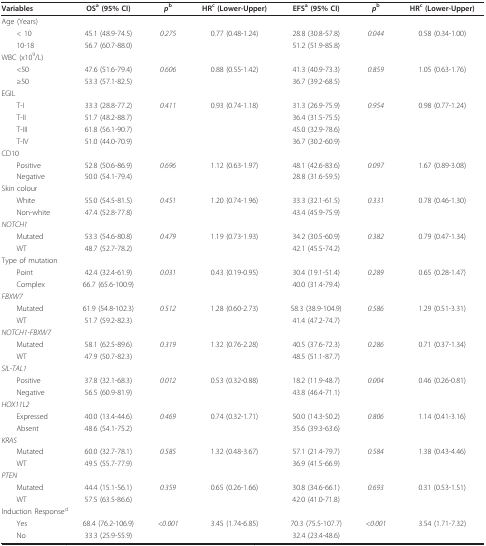
<table><thead><tr><td><b>Variables</b></td><td><b>OS<sup>a </sup>(95% CI)</b></td><td><b><i>p</i><sup>b</sup></b></td><td><b>HR<sup>c </sup>(Lower-Upper)</b></td><td><b>EFS<sup>a </sup>(95% CI)</b></td><td><b><i>p</i><sup>b</sup></b></td><td><b>HR<sup>c </sup>(Lower-Upper)</b></td></tr></thead><tbody><tr><td colspan="7">Age (Years)</td></tr><tr><td> &lt; 10</td><td>45.1 (48.9-74.5)</td><td><i>0.275</i></td><td>0.77 (0.48-1.24)</td><td>28.8 (30.8-57.8)</td><td><i>0.044</i></td><td>0.58 (0.34-1.00)</td></tr><tr><td> 10-18</td><td>56.7 (60.7-88.0)</td><td></td><td></td><td>51.2 (51.9-85.8)</td><td></td><td></td></tr><tr><td colspan="7">WBC (x10<sup>9</sup>/L)</td></tr><tr><td> &lt;50</td><td>47.6 (51.6-79.4)</td><td><i>0.606</i></td><td>0.88 (0.55-1.42)</td><td>41.3 (40.9-73.3)</td><td><i>0.859</i></td><td>1.05 (0.63-1.76)</td></tr><tr><td> ≥50</td><td>53.3 (57.1-82.5)</td><td></td><td></td><td>36.7 (39.2-68.5)</td><td></td><td></td></tr><tr><td colspan="7">EGIL</td></tr><tr><td> T-I</td><td>33.3 (28.8-77.2)</td><td><i>0.411</i></td><td>0.93 (0.74-1.18)</td><td>31.3 (26.9-75.9)</td><td><i>0.954</i></td><td>0.98 (0.77-1.24)</td></tr><tr><td> T-II</td><td>51.7 (48.2-88.7)</td><td></td><td></td><td>36.4 (31.5-75.5)</td><td></td><td></td></tr><tr><td> T-III</td><td>61.8 (56.1-90.7)</td><td></td><td></td><td>45.0 (32.9-78.6)</td><td></td><td></td></tr><tr><td> T-IV</td><td>51.0 (44.0-70.9)</td><td></td><td></td><td>36.7 (30.2-60.9)</td><td></td><td></td></tr><tr><td colspan="7">CD10</td></tr><tr><td> Positive</td><td>52.8 (50.6-86.9)</td><td><i>0.696</i></td><td>1.12 (0.63-1.97)</td><td>48.1 (42.6-83.6)</td><td><i>0.097</i></td><td>1.67 (0.89-3.08)</td></tr><tr><td> Negative</td><td>50.0 (54.1-79.4)</td><td></td><td></td><td>28.8 (31.6-59.5)</td><td></td><td></td></tr><tr><td colspan="7">Skin colour</td></tr><tr><td> White</td><td>55.0 (54.5-81.5)</td><td><i>0.451</i></td><td>1.20 (0.74-1.96)</td><td>33.3 (32.1-61.5)</td><td><i>0.331</i></td><td>0.78 (0.46-1.30)</td></tr><tr><td> Non-white</td><td>47.4 (52.8-77.8)</td><td></td><td></td><td>43.4 (45.9-75.9)</td><td></td><td></td></tr><tr><td colspan="7"><i>NOTCH1</i></td></tr><tr><td> Mutated</td><td>53.3 (54.6-80.8)</td><td><i>0.479</i></td><td>1.19 (0.73-1.93)</td><td>34.2 (30.5-60.9)</td><td><i>0.382</i></td><td>0.79 (0.47-1.34)</td></tr><tr><td> WT</td><td>48.7 (52.7-78.2)</td><td></td><td></td><td>42.1 (45.5-74.2)</td><td></td><td></td></tr><tr><td colspan="7">Type of mutation</td></tr><tr><td> Point</td><td>42.4 (32.4-61.9)</td><td><i>0.031</i></td><td>0.43 (0.19-0.95)</td><td>30.4 (19.1-51.4)</td><td><i>0.289</i></td><td>0.65 (0.28-1.47)</td></tr><tr><td> Complex</td><td>66.7 (65.6-100.9)</td><td></td><td></td><td>40.0 (31.4-79.4)</td><td></td><td></td></tr><tr><td colspan="7"><i>FBXW7</i></td></tr><tr><td> Mutated</td><td>61.9 (54.8-102.3)</td><td><i>0.512</i></td><td>1.28 (0.60-2.73)</td><td>58.3 (38.9-104.9)</td><td><i>0.586</i></td><td>1.29 (0.51-3.31)</td></tr><tr><td> WT</td><td>51.7 (59.2-82.3)</td><td></td><td></td><td>41.4 (47.2-74.7)</td><td></td><td></td></tr><tr><td colspan="7"><i>NOTCH1</i>-<i>FBXW7</i></td></tr><tr><td> Mutated</td><td>58.1 (62.5-89.6)</td><td><i>0.319</i></td><td>1.32 (0.76-2.28)</td><td>40.5 (37.6-72.3)</td><td><i>0.286</i></td><td>0.71 (0.37-1.34)</td></tr><tr><td> WT</td><td>47.9 (50.7-82.3)</td><td></td><td></td><td>48.5 (51.1-87.7)</td><td></td><td></td></tr><tr><td colspan="7"><i>SIL-TAL1</i></td></tr><tr><td> Positive</td><td>37.8 (32.1-68.3)</td><td><i>0.012</i></td><td>0.53 (0.32-0.88)</td><td>18.2 (11.9-48.7)</td><td><i>0.004</i></td><td>0.46 (0.26-0.81)</td></tr><tr><td> Negative</td><td>56.5 (60.9-81.9)</td><td></td><td></td><td>43.8 (46.4-71.1)</td><td></td><td></td></tr><tr><td colspan="7"><i>HOX11L2</i></td></tr><tr><td> Expressed</td><td>40.0 (13.4-44.6)</td><td><i>0.469</i></td><td>0.74 (0.32-1.71)</td><td>50.0 (14.3-50.2)</td><td><i>0.806</i></td><td>1.14 (0.41-3.16)</td></tr><tr><td> Absent</td><td>48.6 (54.1-75.2)</td><td></td><td></td><td>35.6 (39.3-63.6)</td><td></td><td></td></tr><tr><td colspan="7"><i>KRAS</i></td></tr><tr><td> Mutated</td><td>60.0 (32.7-78.1)</td><td><i>0.585</i></td><td>1.32 (0.48-3.67)</td><td>57.1 (21.4-79.7)</td><td><i>0.584</i></td><td>1.38 (0.43-4.46)</td></tr><tr><td> WT</td><td>49.5 (55.7-77.9)</td><td></td><td></td><td>36.9 (41.5-66.9)</td><td></td><td></td></tr><tr><td colspan="7"><i>PTEN</i></td></tr><tr><td> Mutated</td><td>44.4 (15.1-56.1)</td><td><i>0.359</i></td><td>0.65 (0.26-1.66)</td><td>30.8 (34.6-66.1)</td><td><i>0.693</i></td><td>0.31 (0.53-1.51)</td></tr><tr><td> WT</td><td>57.5 (63.5-86.6)</td><td></td><td></td><td>42.0 (41.0-71.8)</td><td></td><td></td></tr><tr><td colspan="7">Induction Response<sup>d</sup></td></tr><tr><td> Yes</td><td>68.4 (76.2-106.9)</td><td><i>&lt;0.001</i></td><td>3.45 (1.74-6.85)</td><td>70.3 (75.5-107.7)</td><td><i>&lt;0.001</i></td><td>3.54 (1.71-7.32)</td></tr><tr><td> No</td><td>33.3 (25.9-55.9)</td><td></td><td></td><td>32.4 (23.4-48.6)</td><td></td><td></td></tr></tbody></table>